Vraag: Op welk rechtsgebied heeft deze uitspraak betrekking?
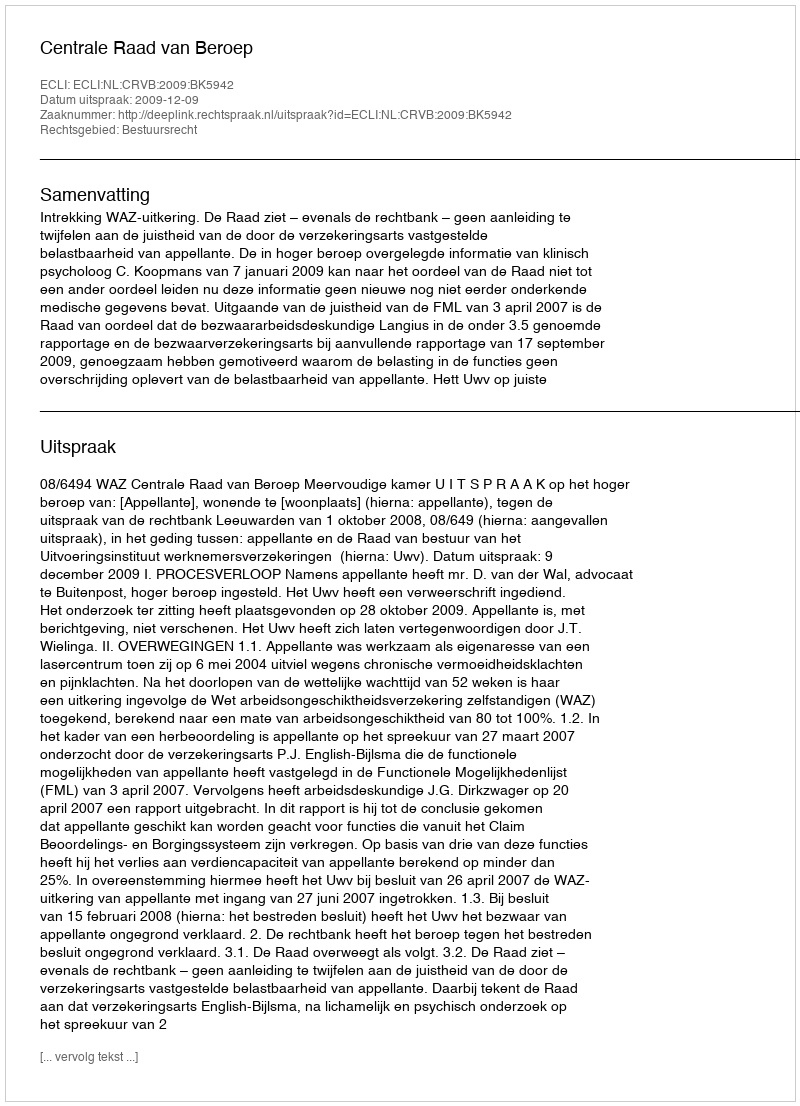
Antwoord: Bestuursrecht